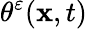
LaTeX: \theta^{\varepsilon}(\mathbf{x},t)